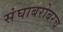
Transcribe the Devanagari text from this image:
संघाबरोबरच